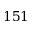
1 5 1